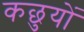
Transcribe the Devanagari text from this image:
कछुयों